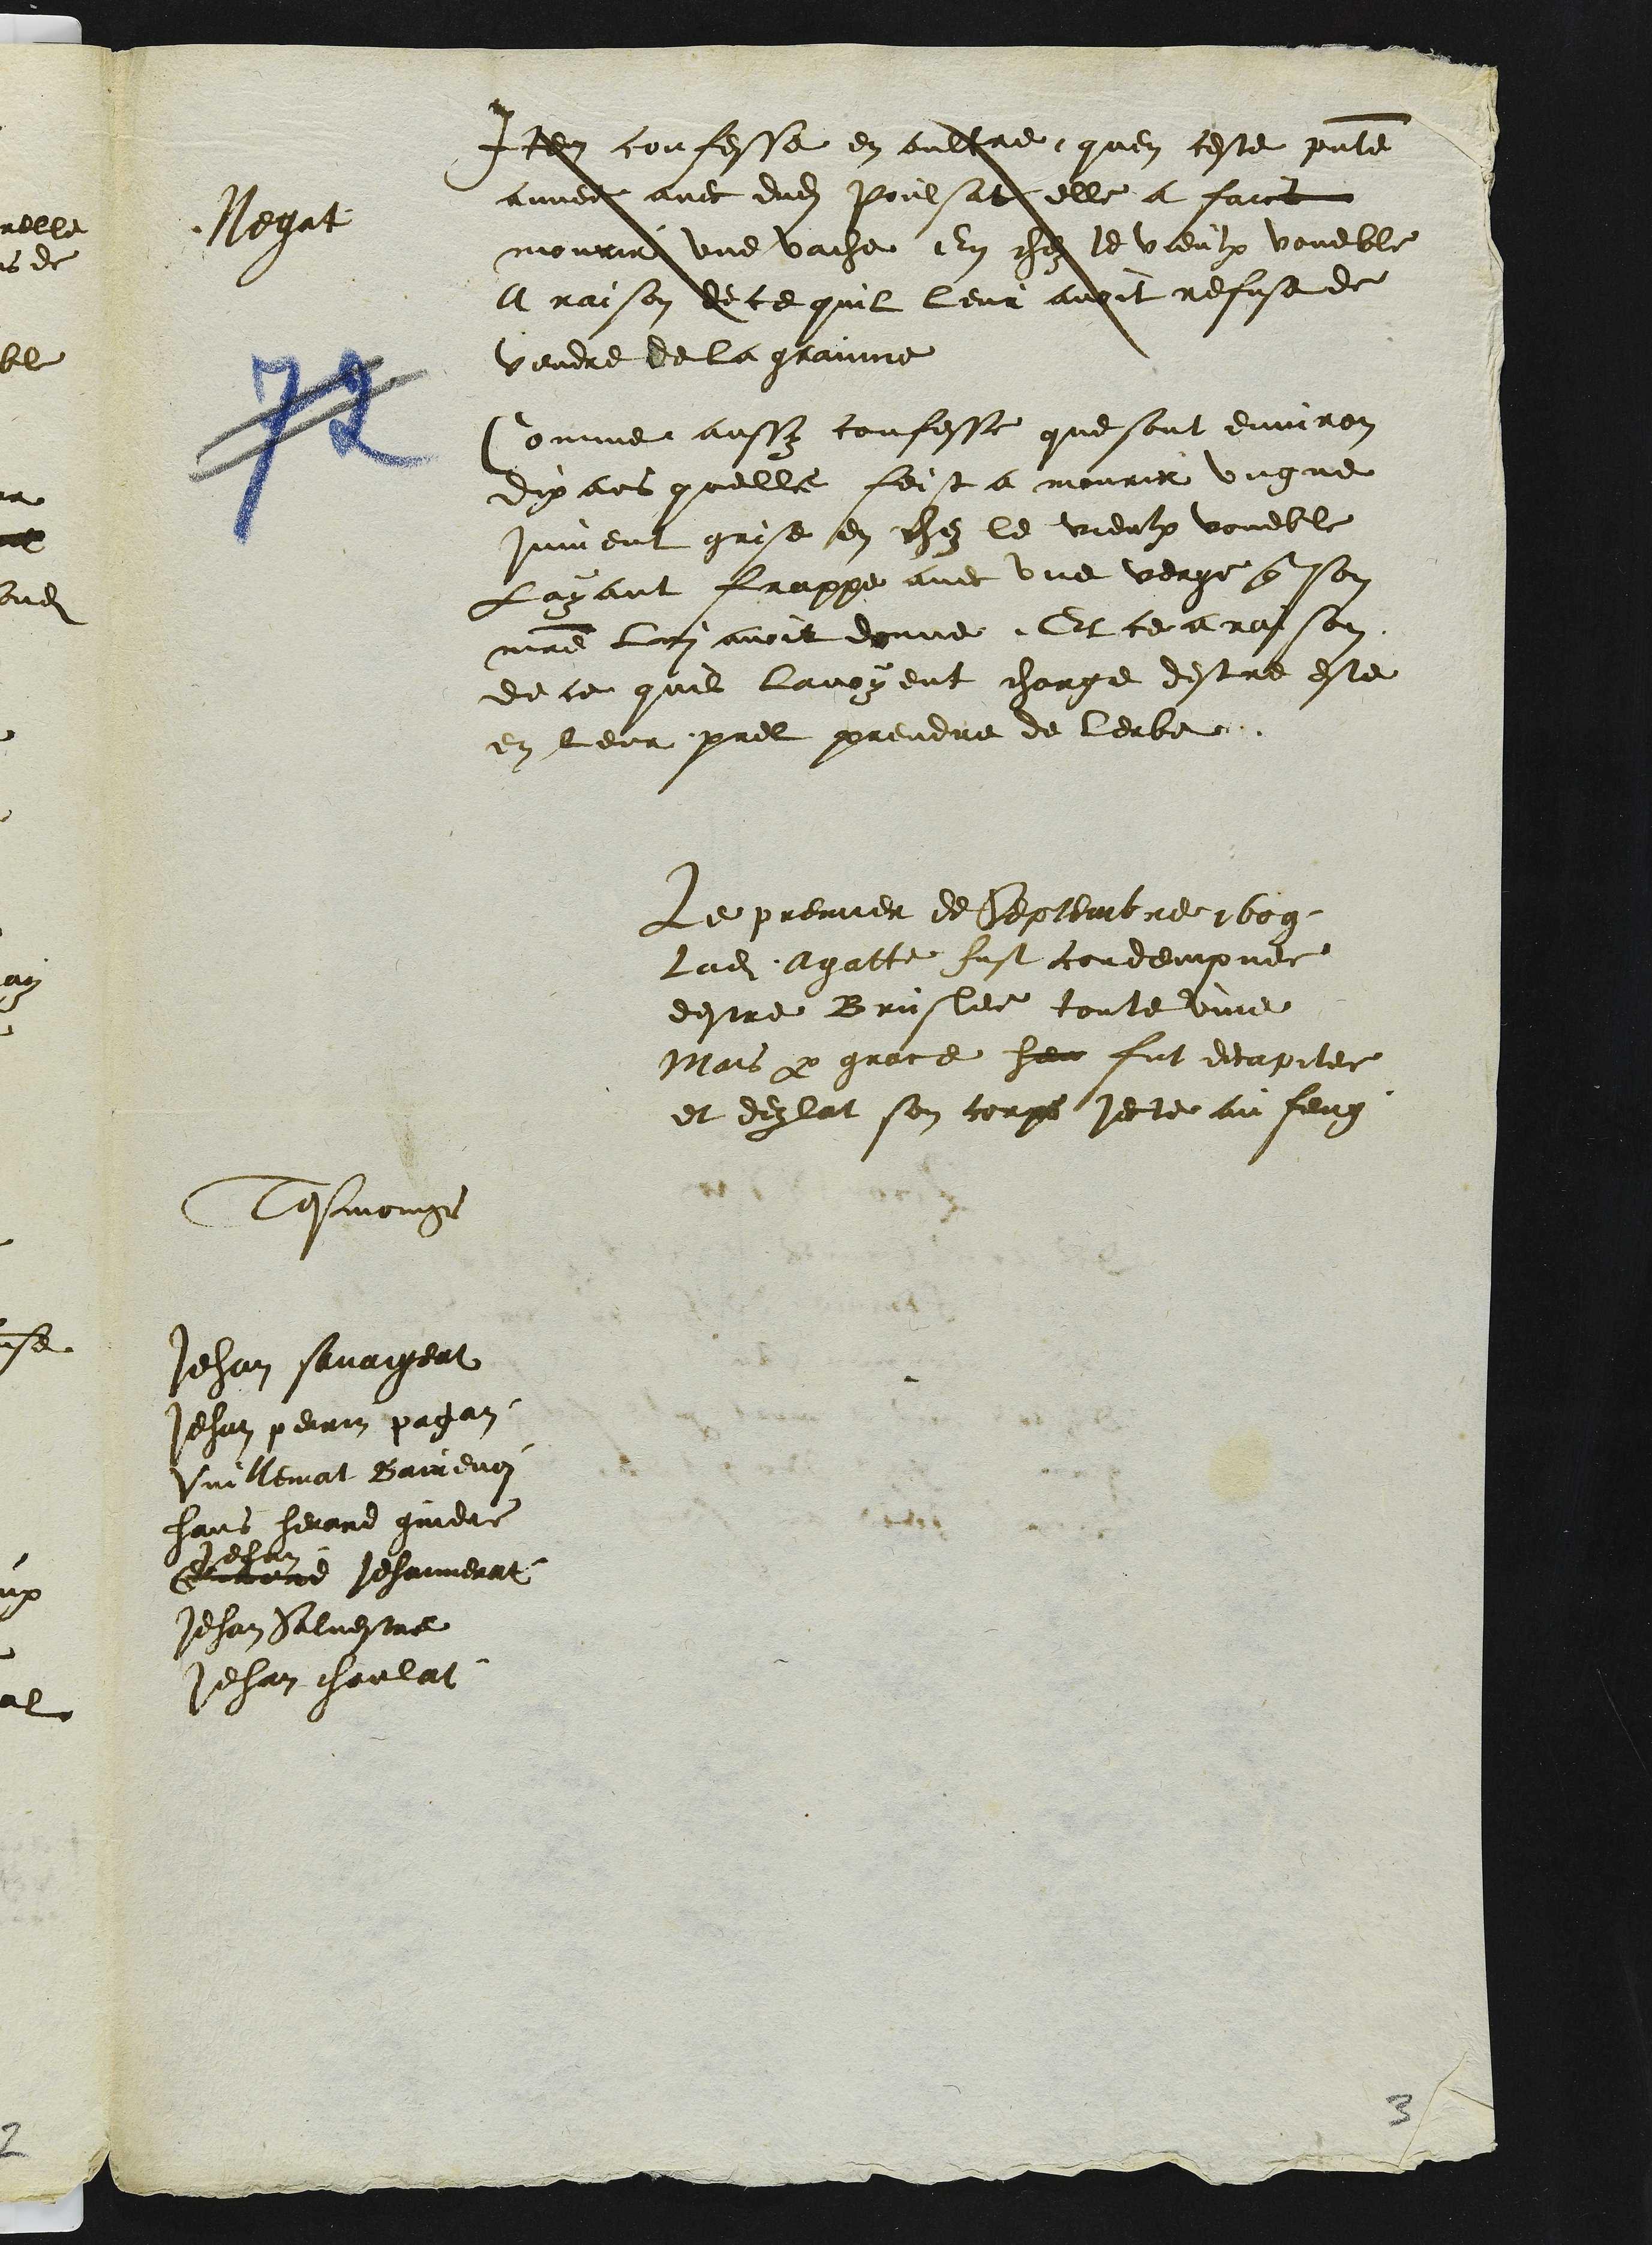
Negat
Tesmoings
Jehan savageat
Jehan perin pagan
Vuillemat Bairevoi
hans herard gindre
Jehan
Girard Jehannerat
Jehan Salvestre
Jehan choulat.

Item confesse en oultre quen ceste presente
annee avec dudit Poulsat elle a faict
mourir une vache En chez le vieulx voueble
A raison de ce quil leur avoit refuse de
vendre de la grainne
Comme aussy confesse que sont environ
dix ans quelle feist a mourir ungne
jument grise en chez le vieulx voueble
Layant frappe avec une verge que son
maître lui avoit donne. Et ce a raison
de ce quil lavoyent charge destre este
en leur prel prendre de lerbe.
Le premier de Septembre 1609
ladite Agatte fust condempnee
destre Bruslee toute vive
Mais par grace heu fut decapitee
et dezlat son corps jecte au feug.